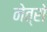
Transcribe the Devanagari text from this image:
नेत्रो